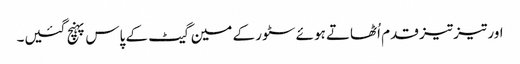
اور تیز تیز قدم اُٹھاتے ہوئے سٹور کے مین گیٹ کے پاس پہنچ گئیں۔